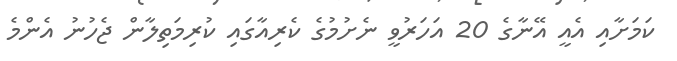
ކަމަށާއި އެއީ އޭނާގެ 20 އަހަރުވީ ނެށުމުގެ ކެރިއާގައި ކުރިމަތިލާން ޖެހުނު އެންމެ